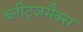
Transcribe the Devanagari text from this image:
ब्लीट्जमैक्स